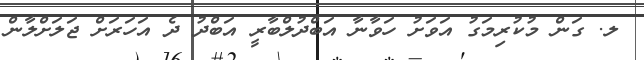
ލ. ގަން މުކުރިމަގު އަވަށު ހަވާނާ އަބްދުލްބާރީ އަބްދު ދެ އަހަރަށް ޖަލަށްލާން